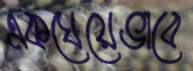
একঘেয়েভাবে